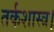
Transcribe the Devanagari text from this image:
तर्कशास्त्र।